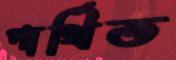
পার্থিত